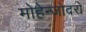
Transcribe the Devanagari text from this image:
मोहेन्जोदरो